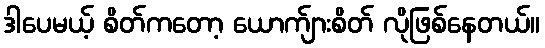
ဒါပေမယ့် စိတ်ကတော့ ယောက်ျားစိတ် လိုဖြစ်နေတယ်။